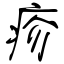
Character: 疹